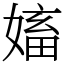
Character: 㜅